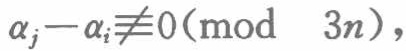
\(\alpha_{j}-\alpha_{i}\not\equiv0(\bmod\ 3n)\)